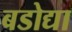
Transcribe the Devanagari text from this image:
बडोद्या